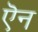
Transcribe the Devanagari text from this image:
ऎन